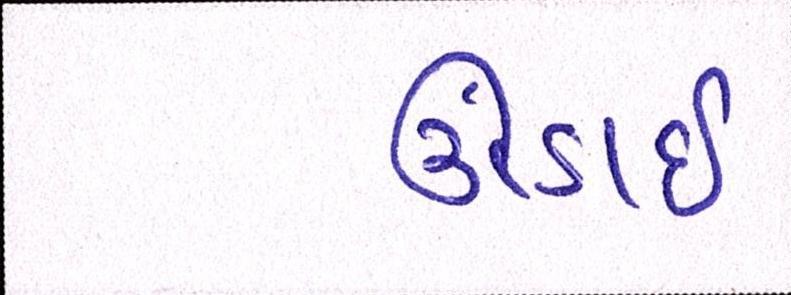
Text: ઉંડાઈ